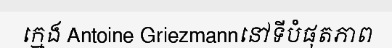
ក្មេង Antoine Griezmannនៅទីបំផុតភាព